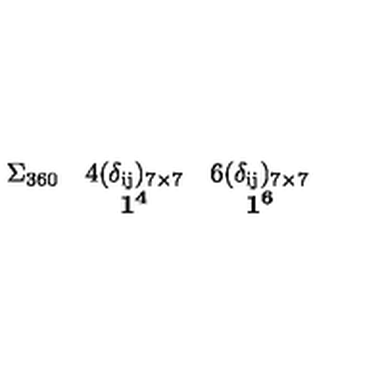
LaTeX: \begin{array} { c c c } { { \bf \mathrm { \large \Sigma _ { 3 6 0 } } } } & { \mathrm { \normalsize { 4 ( \delta _ { i j } ) _ { 7 \times 7 } } } } & { \mathrm { \normalsize { 6 ( \delta _ { i j } ) _ { 7 \times 7 } } } } \\ { } & { { \bf 1 ^ { 4 } } } & { { \bf 1 ^ { 6 } } } \\ \end{array}